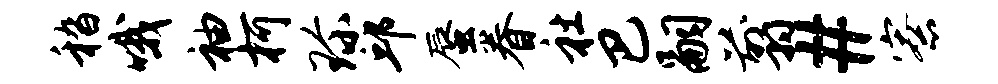
嵇哦袖柯珍邱蜃眷社巴嗣翦#寮